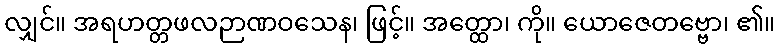
လျှင်။ အရဟတ္တဖလဉာဏဝသေန၊ ဖြင့်။ အတ္ထော၊ ကို။ ယောဇေတဗ္ဗော၊ ၏။